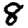
Digit: 8